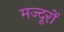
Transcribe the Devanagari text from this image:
मज्दूरों